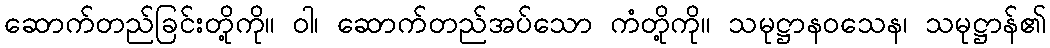
ဆောက်တည်ခြင်းတို့ကို။ ဝါ၊ ဆောက်တည်အပ်သော ကံတို့ကို။ သမုဋ္ဌာနဝသေန၊ သမုဋ္ဌာန်၏